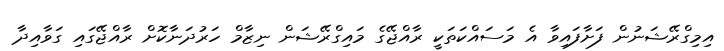
އިމިގްރޭޝަނުން ފަށާފައިވާ އެ މަސައްކަތަކީ ރާއްޖޭގެ މައިގްރޭޝަން ނިޒާމް ހަރުދަނާކޮށް ރާއްޖޭގައި ގަވާއިދާ